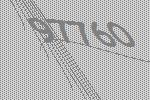
97760